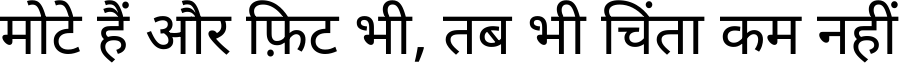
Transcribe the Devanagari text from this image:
मोटे हैं और फ़िट भी, तब भी चिंता कम नहीं